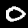
Digit: 0